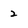
Character: 2